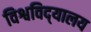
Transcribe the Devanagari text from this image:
विश्वविद्‌यालय